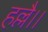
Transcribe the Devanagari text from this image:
हल्लै।।